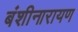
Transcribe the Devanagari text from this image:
बंशीनारायण